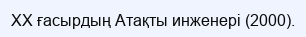
XX ғасырдың Атақты инженері (2000).